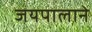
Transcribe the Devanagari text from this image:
जयपालाने